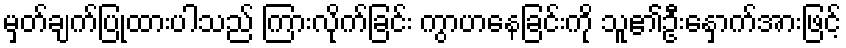
မှတ်ချက်ပြုထားပါသည် ကြားလိုက်ခြင်း ကွာဟနေခြင်းကို သူ၏ဦးနှောက်အားဖြင့်